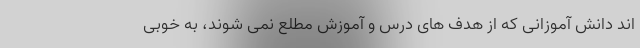
اند دانش آموزانی که از هدف های درس و آموزش مطلع نمی شوند، به خوبی